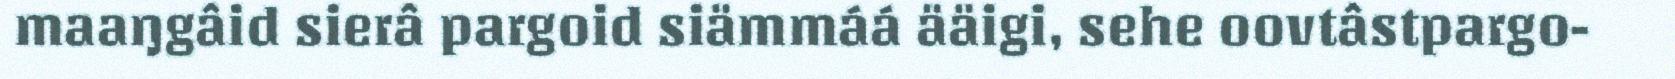
maaŋgâid sierâ pargoid siämmáá ääigi, sehe oovtâstpargo-